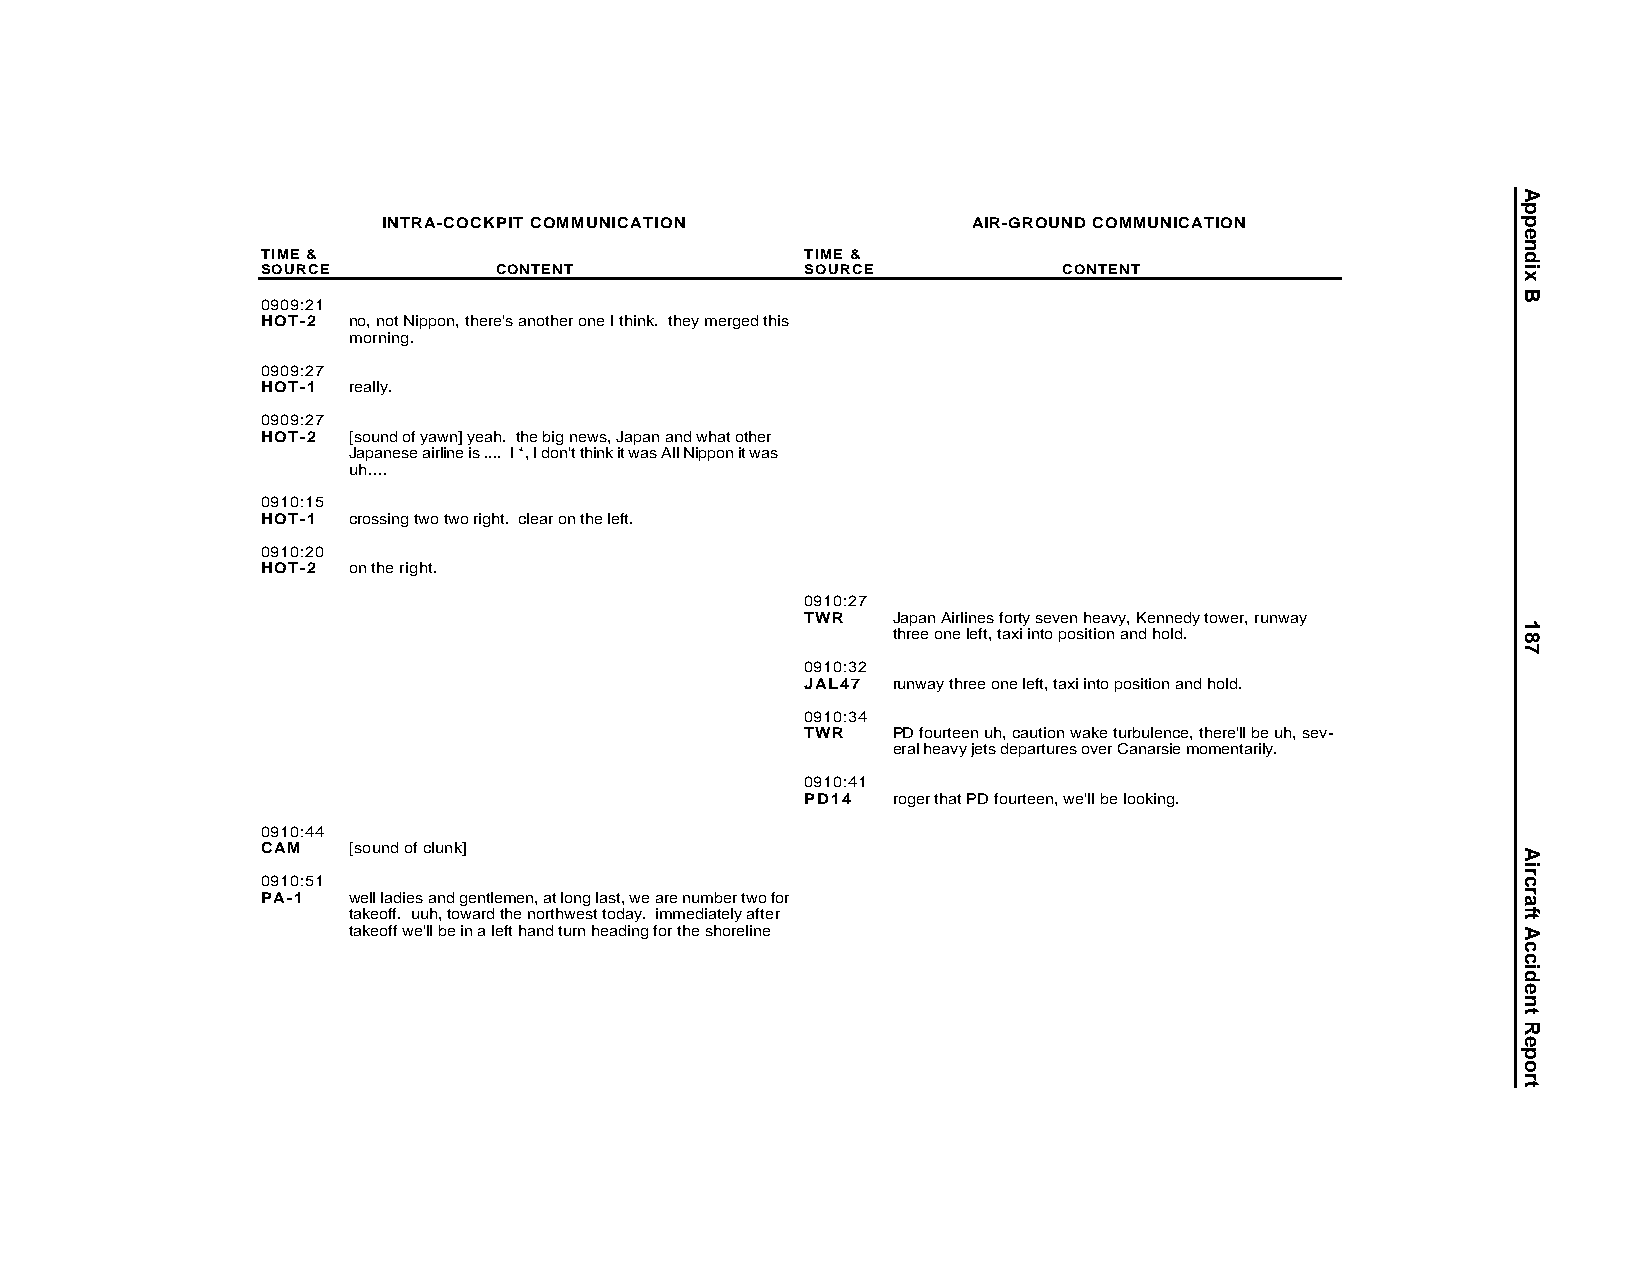
INTRA-COCKPIT COMMUNICATION            AIR-GROUND COMMUNICATION
 TIME &                              TIME &
 SOURCE          CONTENT             SOURCE           CONTENT
 0909:21
 HOT-2 no, not Nippon, there's another one I think. they merged this
 morning.
 0909:27
 HOT-1 really.
 0909:27
 HOT-2 [sound of yawn] yeah. the big news, Japan and what other
 Japanese airline is .... I *, I don't think it was All Nippon it was
 uh....
 0910:15
 HOT-1 crossing two two right. clear on the left.
 0910:20
 HOT-2 on the right.
 0910:27
 TWR   Japan Airlines forty seven heavy, Kennedy tower, runway
 three one left, taxi into position and hold.
 0910:32
 JAL47 runway three one left, taxi into position and hold.
 0910:34
 TWR   PD fourteen uh, caution wake turbulence, there'll be uh, sev-
 eral heavy jets departures over Canarsie momentarily.
 0910:41
 PD14  roger that PD fourteen, we'll be looking.
 0910:44
 CAM   [sound of clunk]
 0910:51
 PA-1  well ladies and gentlemen, at long last, we are number two for
 takeoff. uuh, toward the northwest today. immediately after
 takeoff we'll be in a left hand turn heading for the shoreline
 Appendix
 B
 187
 AircraftAccidentReport